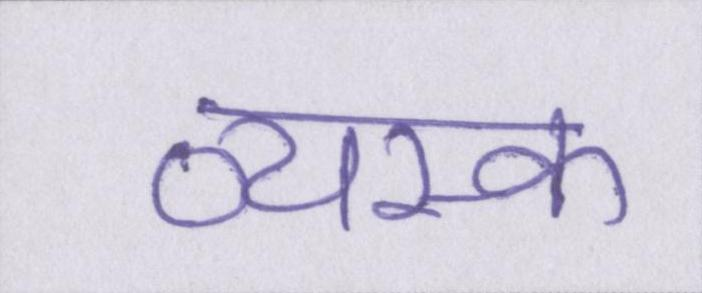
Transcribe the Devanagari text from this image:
व्यस्क